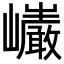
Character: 𭗷